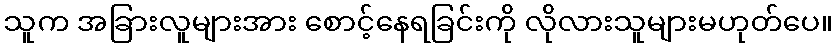
သူက အခြားလူများအား စောင့်နေရခြင်းကို လိုလားသူများမဟုတ်ပေ။